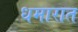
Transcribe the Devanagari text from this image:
धमारात